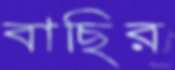
বাছির